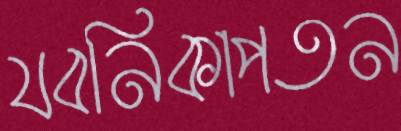
যবনিকাপতন